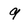
Character: 9